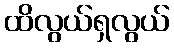
ထိလွယ်ရှလွယ်